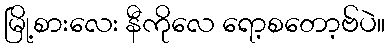
မြို့စားလေး နီကိုလေ ရော့စတော့ဗ်ပဲ။